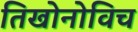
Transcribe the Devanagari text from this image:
तिखोनोविच